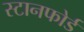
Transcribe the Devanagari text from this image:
स्टानफोर्ड